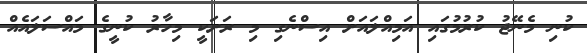
ކުނި މެނޭޖު ކުރުމުގައި އަމިއްލައަށް އިސްނެގި މި ރަށަކީ މިހާރު ކުނީގެ މައްސަލައެއް